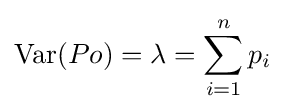
\operatorname {Var} (Po)=\lambda =\sum _{i=1}^{n}p_{i}